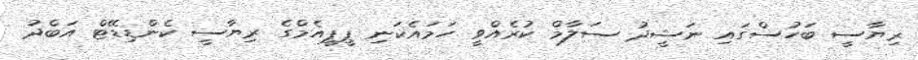
ރިޔާސީ ބަހުސްގައި ނަޝީދު ސަލާމް ކުރެއްވީ ހަމައެކަނި ޕީޕީއެމްގެ ރިޔާސީ ކެންޑިޑޭޓް އަބްދު